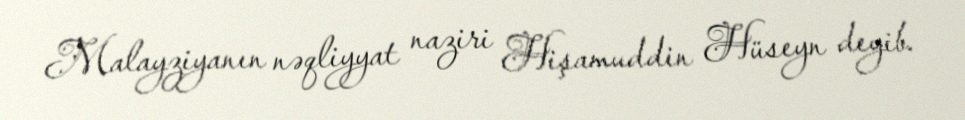
Malayziyanın nəqliyyat naziri Hişamuddin Hüseyn deyib.